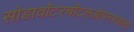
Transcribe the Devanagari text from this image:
सोडावॉटरबॉटलओपनरवाला